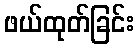
ဖယ်ထုတ်ခြင်း